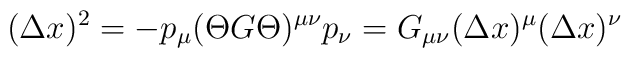
(\Delta x)^2 = - p_\mu (\Theta G \Theta)^{\mu \nu}  p_\nu = G_{\mu \nu} (\Delta x)^\mu (\Delta x)^\nu